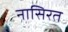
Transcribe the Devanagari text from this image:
नासिरत